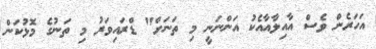
އަހަރެން ވެސް އާއިލާއާއެކު އަންނަނީ މި ތަނަށް" ޑްރައިވަރު މި ތަނުގެ މޮޅުކަން